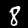
Digit: 8